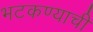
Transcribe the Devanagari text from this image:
भटकण्याची